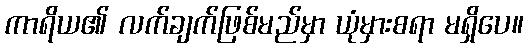
ကာရိယ၏ လက်ချက်ဖြစ်မည်မှာ ယုံမှားစရာ မရှိပေ။